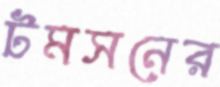
টমসনের